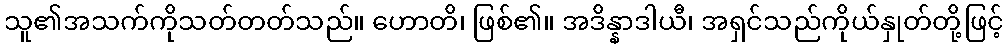
သူ၏အသက်ကိုသတ်တတ်သည်။ ဟောတိ၊ ဖြစ်၏။ အဒိန္နာဒါယီ၊ အရှင်သည်ကိုယ်နှုတ်တို့ဖြင့်